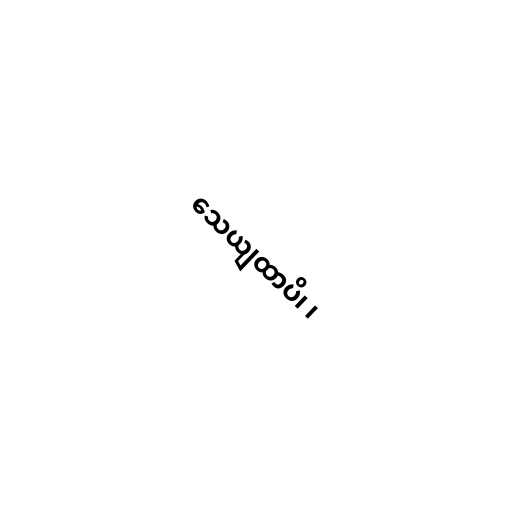
သေယျထာပိ၊ ၊